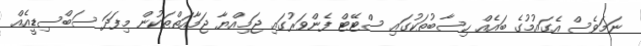
ނަމަވެސް އެގައުމުގެ ބައެއް ހިސާބުތަކުގައި ސްޓޭޓް ފެންވަރުގައި ޖަމިއްޔާ ޖަމާއަތްތަކުން މިފަދަ ސަބްސިޑީއެއް